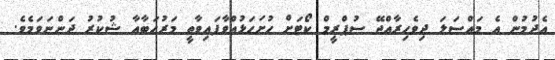
އެދުމުން އެ މައްސަލަ ދިވެހިރާއްޖޭ ސުޕްރީމް ކޯޓަށް ހުށަހަޅުއްވާފައިވާތީ މަރުޙަބާއާ ޝުކުރު ދަންނަވަމެވެ.